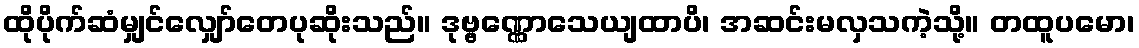
ထိုပိုက်ဆံမျှင်လျှော်တေပုဆိုးသည်။ ဒုဗ္ဗဏ္ဏောသေယျထာပိ၊ အဆင်းမလှသကဲ့သို့။ တထူပမော၊